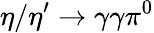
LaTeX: \eta/\eta^{\prime}\to\gamma\gamma\pi^{0}